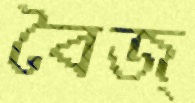
বৈজ্